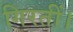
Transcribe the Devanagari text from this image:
गिरतीं।